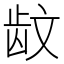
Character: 𱌪